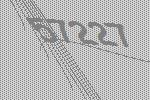
57227